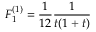
F _ { 1 } ^ { ( 1 ) } = { \frac { 1 } { 1 2 } } { \frac { 1 } { t ( 1 + t ) } }